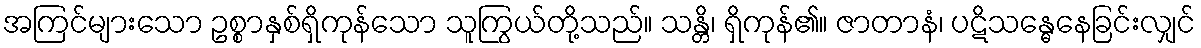
အကြင်များသော ဥစ္စာနှစ်ရှိကုန်သော သူကြွယ်တို့သည်။ သန္တိ၊ ရှိကုန်၏။ ဇာတာနံ၊ ပဋိသန္ဓေနေခြင်းလျှင်